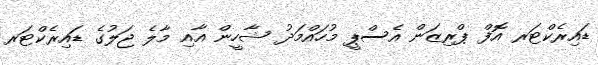
ޑައިރެކްޓަރ އޮފް ޕްރިޒަން އެސްޕީ މުހައްމަދު ޝާހީން އާއި މާލެ ޖަލުގެ ޑައިރެކްޓަރ